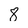
Character: 8